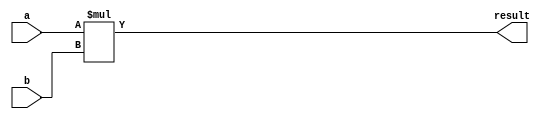
module multiplier (
  input wire [7:0] a, // input signal a
  input wire [7:0] b, // input signal b
  output reg [15:0] result // output signal result
);

always @* begin
  result = a * b; // performs multiplication of input signals a and b
end

endmodule